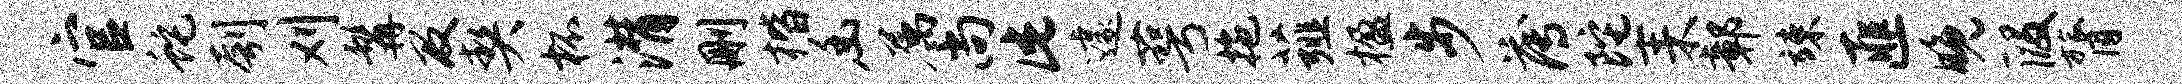
官蛇刳刈髯及契杯潸删楷幽属尚此遽萼拖薤楹步薄陀耒鄣竦匪晚段膂